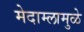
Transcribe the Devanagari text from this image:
मेदाम्लामुळे